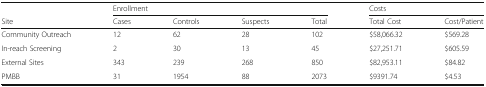
<table><thead><tr><td></td><td colspan="4"><b>Enrollment</b></td><td colspan="2"><b>Costs</b></td></tr><tr><td><b>Site</b></td><td><b>Cases</b></td><td><b>Controls</b></td><td><b>Suspects</b></td><td><b>Total</b></td><td><b>Total Cost</b></td><td><b>Cost/Patient</b></td></tr></thead><tbody><tr><td>Community Outreach</td><td>12</td><td>62</td><td>28</td><td>102</td><td>$58,066.32</td><td>$569.28</td></tr><tr><td>In-reach Screening</td><td>2</td><td>30</td><td>13</td><td>45</td><td>$27,251.71</td><td>$605.59</td></tr><tr><td>External Sites</td><td>343</td><td>239</td><td>268</td><td>850</td><td>$82,953.11</td><td>$84.82</td></tr><tr><td>PMBB</td><td>31</td><td>1954</td><td>88</td><td>2073</td><td>$9391.74</td><td>$4.53</td></tr></tbody></table>